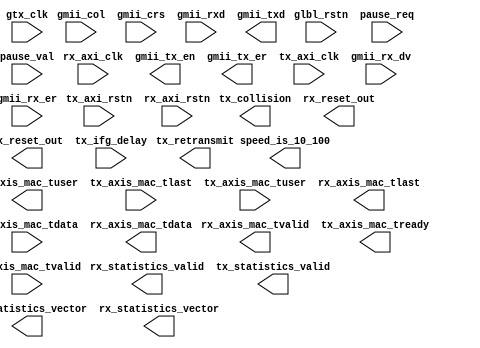
////////////////////////////////////////////////////////////////////////////////
// Copyright (c) 1995-2012 Xilinx, Inc.  All rights reserved.
////////////////////////////////////////////////////////////////////////////////
//   ____  ____
//  /   /\/   /
// /___/  \  /    Vendor: Xilinx
// \   \   \/     Version: P.49d
//  \   \         Application: netgen
//  /   /         Filename: v6_emac_v2_2.v
// /___/   /\     Timestamp: Thu Mar 28 10:57:26 2013
// \   \  /  \ 
//  \___\/\___\
//             
// Command	: -intstyle ise -w -sim -ofmt verilog ./tmp/_cg/v6_emac_v2_2.ngc ./tmp/_cg/v6_emac_v2_2.v 
// Device	: 6vlx240tff1156-1
// Input file	: ./tmp/_cg/v6_emac_v2_2.ngc
// Output file	: ./tmp/_cg/v6_emac_v2_2.v
// # of Modules	: 1
// Design Name	: v6_emac_v2_2
// Xilinx        : D:\Xilinx\14.4\ISE_DS\ISE\
//             
// Purpose:    
//     This verilog netlist is a verification model and uses simulation 
//     primitives which may not represent the true implementation of the 
//     device, however the netlist is functionally correct and should not 
//     be modified. This file cannot be synthesized and should only be used 
//     with supported simulation tools.
//             
// Reference:  
//     Command Line Tools User Guide, Chapter 23 and Synthesis and Simulation Design Guide, Chapter 6
//             
////////////////////////////////////////////////////////////////////////////////

`timescale 1 ns/1 ps

module v6_emac_v2_2 (
  rx_axi_clk, glbl_rstn, rx_axis_mac_tuser, gmii_col, gmii_crs, gmii_tx_en, tx_axi_rstn, gmii_tx_er, tx_collision, rx_axi_rstn, tx_axis_mac_tlast, 
tx_retransmit, tx_axis_mac_tuser, rx_axis_mac_tvalid, rx_statistics_valid, tx_statistics_valid, rx_axis_mac_tlast, speed_is_10_100, gtx_clk, 
rx_reset_out, tx_reset_out, tx_axi_clk, gmii_rx_dv, gmii_rx_er, tx_axis_mac_tready, tx_axis_mac_tvalid, pause_req, tx_statistics_vector, pause_val, 
rx_statistics_vector, gmii_rxd, tx_ifg_delay, tx_axis_mac_tdata, rx_axis_mac_tdata, gmii_txd
)/* synthesis syn_black_box syn_noprune=1 */;
  input rx_axi_clk;
  input glbl_rstn;
  output rx_axis_mac_tuser;
  input gmii_col;
  input gmii_crs;
  output gmii_tx_en;
  input tx_axi_rstn;
  output gmii_tx_er;
  output tx_collision;
  input rx_axi_rstn;
  input tx_axis_mac_tlast;
  output tx_retransmit;
  input tx_axis_mac_tuser;
  output rx_axis_mac_tvalid;
  output rx_statistics_valid;
  output tx_statistics_valid;
  output rx_axis_mac_tlast;
  output speed_is_10_100;
  input gtx_clk;
  output rx_reset_out;
  output tx_reset_out;
  input tx_axi_clk;
  input gmii_rx_dv;
  input gmii_rx_er;
  output tx_axis_mac_tready;
  input tx_axis_mac_tvalid;
  input pause_req;
  output [31 : 0] tx_statistics_vector;
  input [15 : 0] pause_val;
  output [27 : 0] rx_statistics_vector;
  input [7 : 0] gmii_rxd;
  input [7 : 0] tx_ifg_delay;
  input [7 : 0] tx_axis_mac_tdata;
  output [7 : 0] rx_axis_mac_tdata;
  output [7 : 0] gmii_txd;
  
endmodule